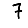
Digit: 7